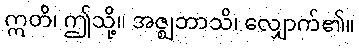
ဣတိ၊ ဤသို့။ အဇ္ဈဘာသိ၊ လျှောက်၏။